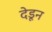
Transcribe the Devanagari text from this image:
देडून